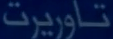
تااوربرت